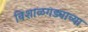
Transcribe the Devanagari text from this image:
विशाळगड्याच्या